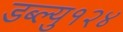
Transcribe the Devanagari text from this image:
डब्ल्यु१२४